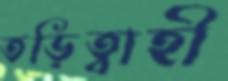
তড়িত্বাহী